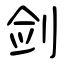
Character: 剑